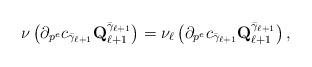
LaTeX: \begin{align*}\nu\left(\partial_{p^e}c_{\bar\gamma_{\ell +1}}\mathbf{Q}_{\ell +1}^{\bar\gamma_{\ell +1}}\right)=\nu_\ell \left(\partial_{p^e}c_{\bar\gamma_{\ell +1}}\mathbf{Q}_{\ell +1}^{\bar\gamma_{\ell +1}}\right),\end{align*}